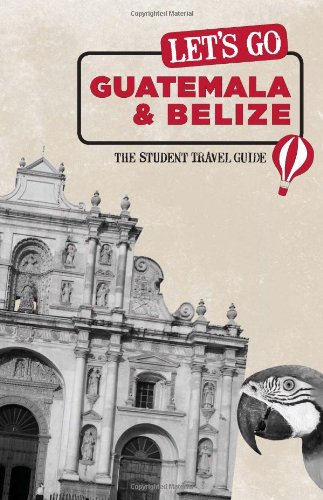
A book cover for Let's Go Guatemala & Belize: The Student Travel Guide; Inc. Harvard Student Agencies; Travel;